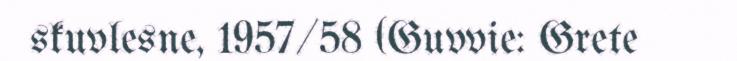
skuvlesne, 1957/58 (Guvvie: Grete